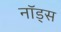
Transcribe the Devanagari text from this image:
नॉड्स